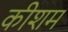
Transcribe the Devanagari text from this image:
कीशम